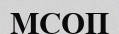
МСОП